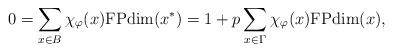
LaTeX: \begin{align*}0=\sum_{x\in B}\chi_\varphi(x)\mathrm{FPdim}(x^\ast)=1+p\sum_{x\in\Gamma}\chi_\varphi(x)\mathrm{FPdim}(x),\end{align*}